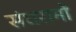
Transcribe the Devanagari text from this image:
संघरामों